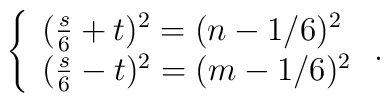
\left\{\begin{array}{ll}(\frac{s}{6} +t)^{2} = (n-1/6)^{2} \\(\frac{s}{6}-t)^{2} = (m-1/6)^{2}\end{array}        \right.  .